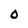
Character: O